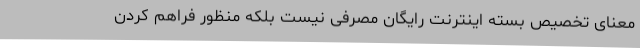
معنای تخصیص بسته اینترنت رایگان مصرفی نیست بلکه منظور فراهم کردن